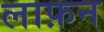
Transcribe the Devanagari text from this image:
लाफ़न